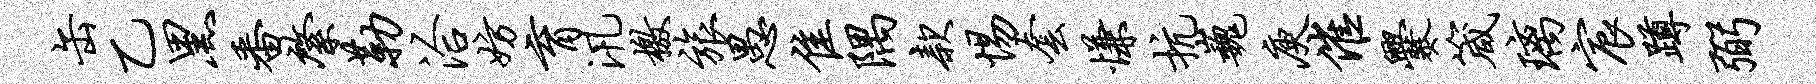
缶乙黑番綮勒洽妨育汛檄旅愚隹隅款惕套慊抗巍庾催爨箴璃宸蹲弼